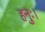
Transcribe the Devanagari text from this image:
हनुः।